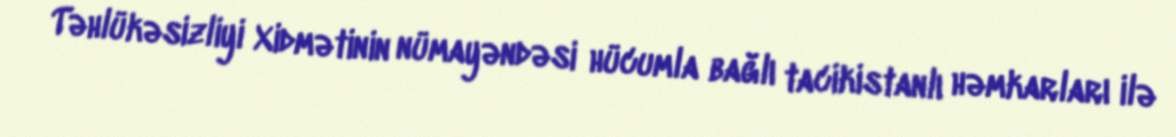
Təhlükəsizliyi Xidmətinin nümayəndəsi hücumla bağlı tacikistanlı həmkarları ilə